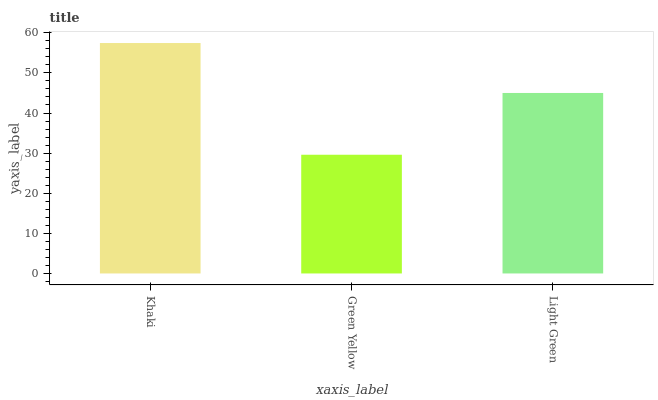
| xaxis_label | bars |
 | --- | --- |
 | Khaki | 57.4 |
 | Green Yellow | 29.6 |
 | Light Green | 45 |